DOW-UAP-D49, Launch Summary, Vandenberg AFB, 2000
Agency: Department of War
Incident date: 2/3/00
Page 4
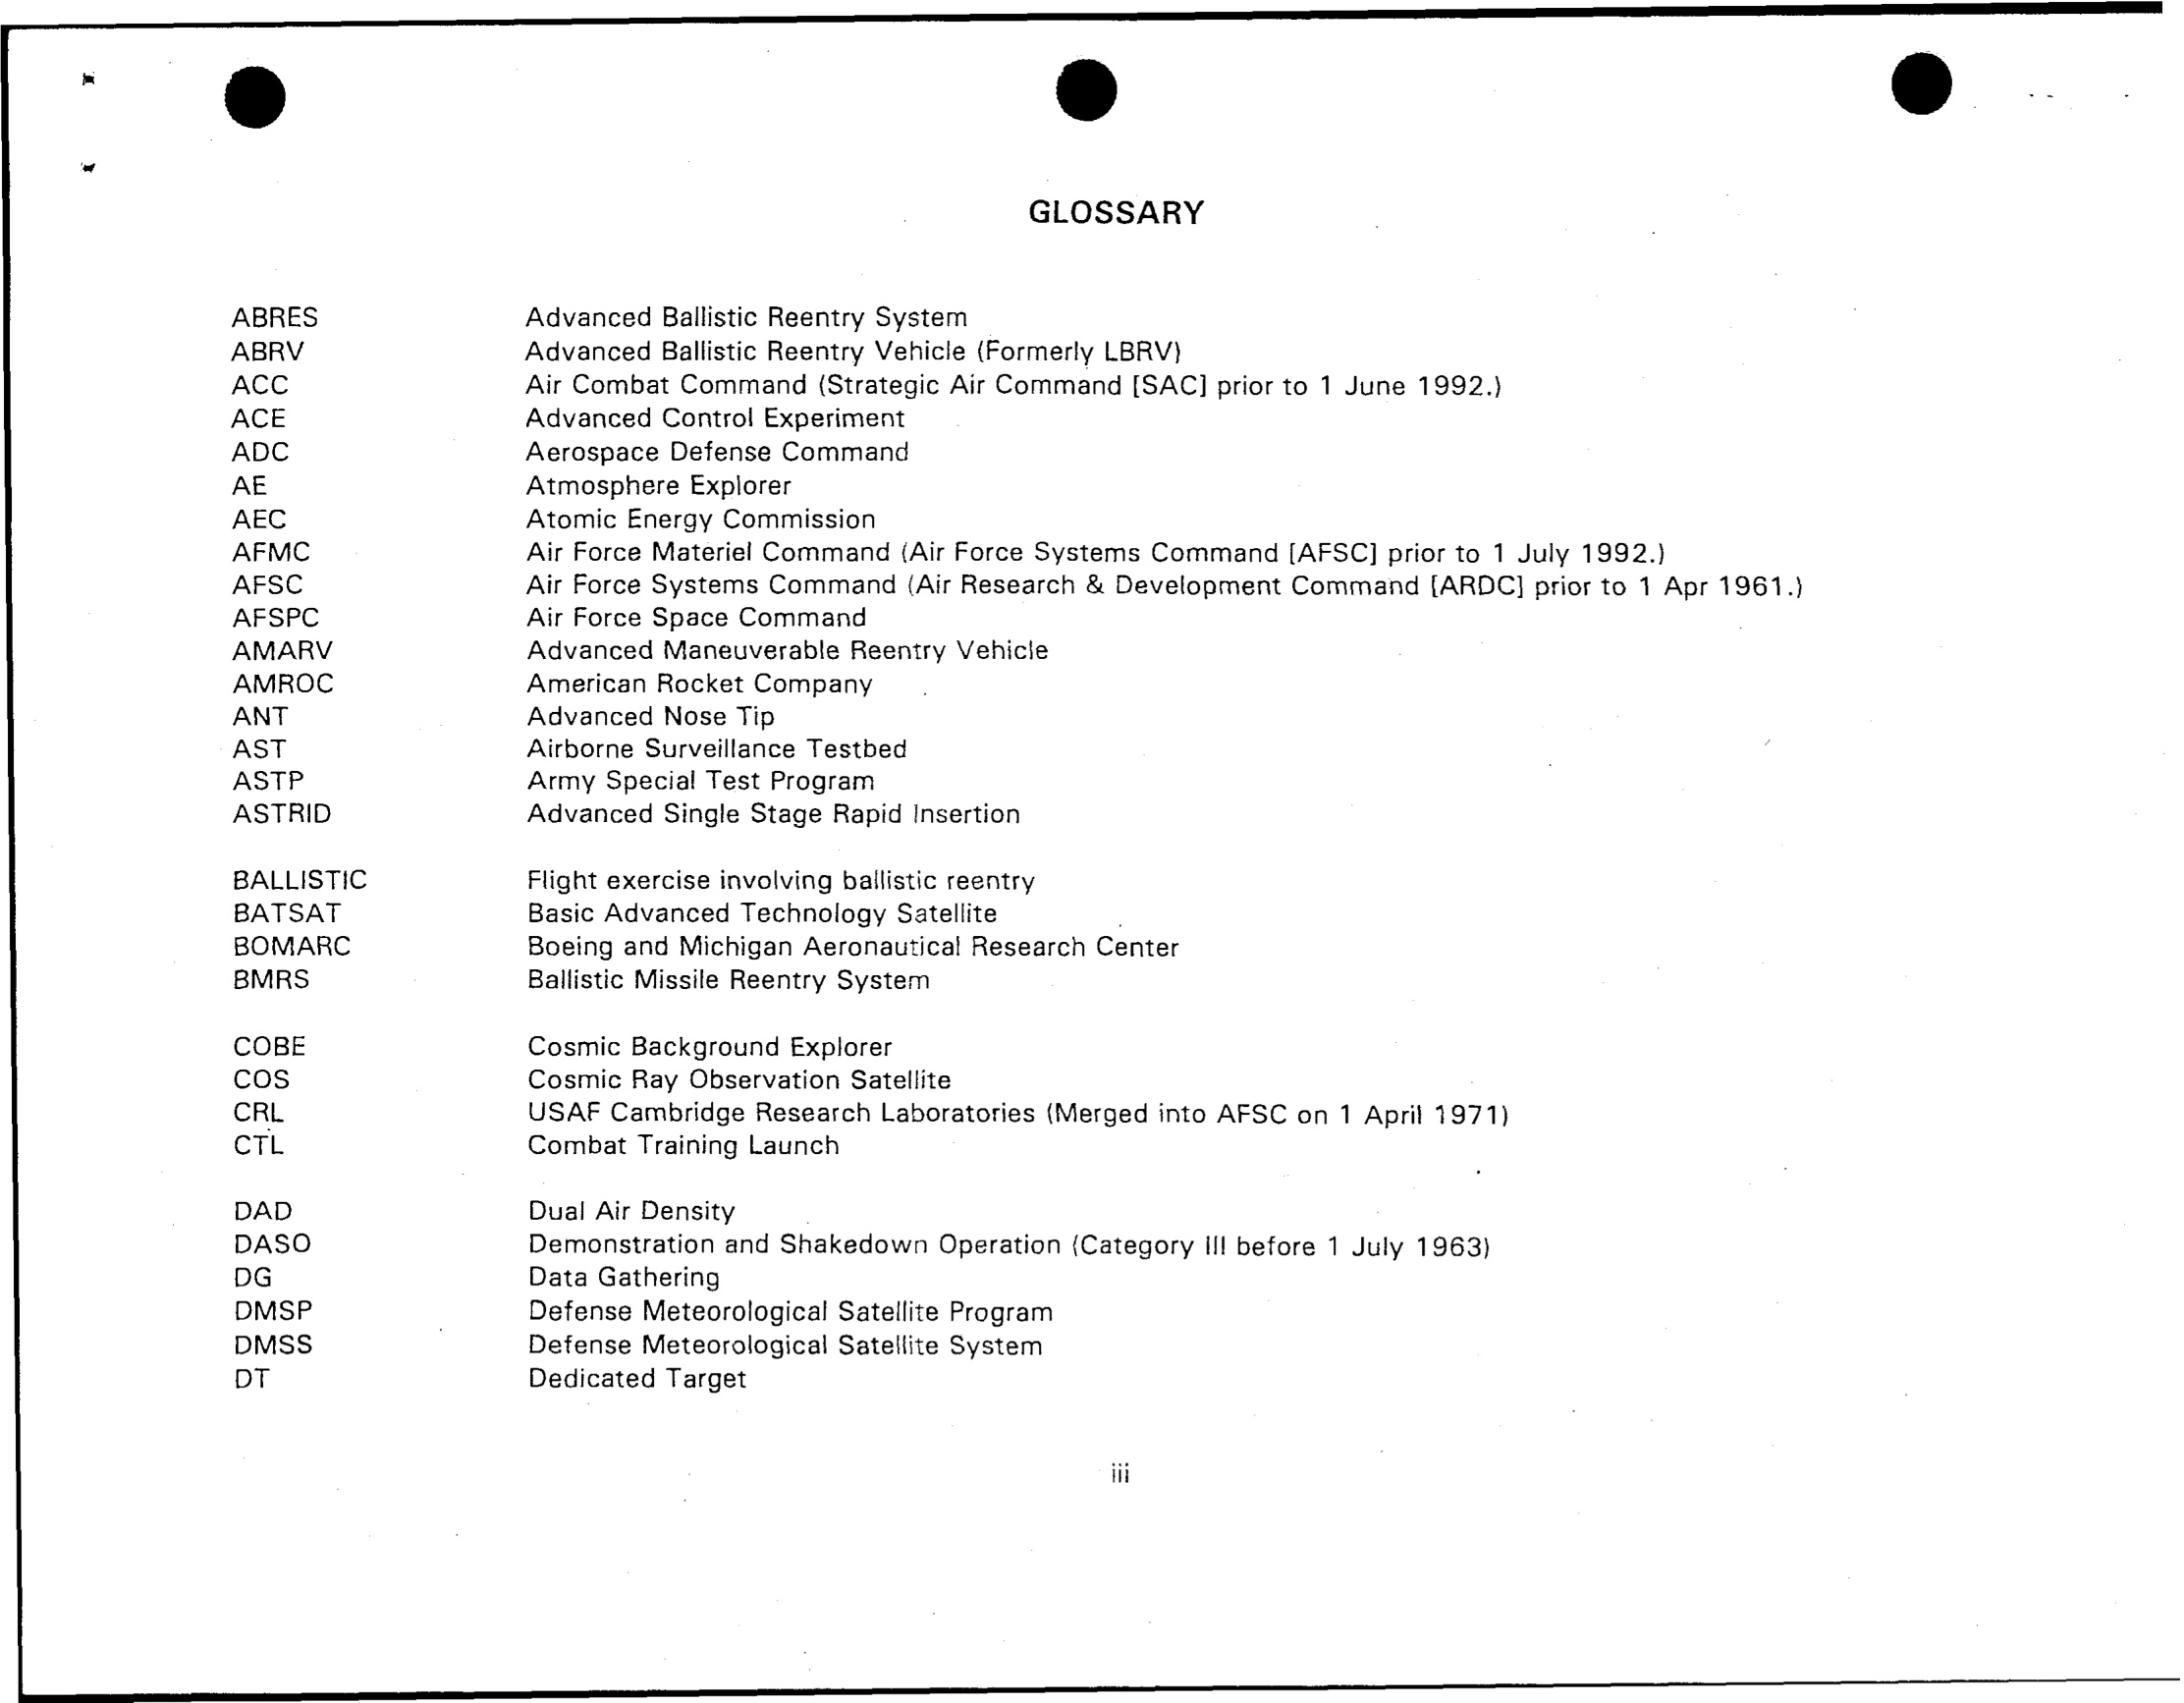